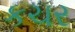
કચર